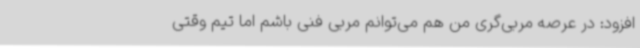
افزود:‌ در عرصه مربی‌گری من هم می‌توانم مربی فنی‌ باشم اما تیم وقتی